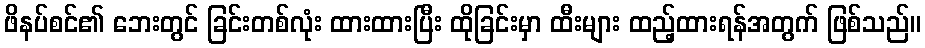
ဖိနပ်စင်၏ ဘေးတွင် ခြင်းတစ်လုံး ထားထားပြီး ထိုခြင်းမှာ ထီးများ ထည့်ထားရန်အတွက် ဖြစ်သည်။